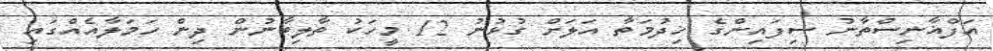
އަފްޣާނިސްތާނު ސިފައިންގެ ޚިދުމަތާ އަލަށް ގުޅުނު 12 މީހަކު ތާލިބާނުން ދިން ހަމަލާއެއްގައި